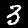
Label: 3